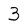
Character: 3